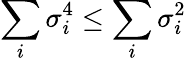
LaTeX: \sum_{i}\sigma_{i}^{4}\le\sum_{i}\sigma_{i}^{2}